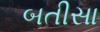
બતીસા